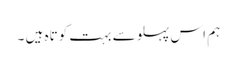
ہم اس پہلو سے بہت کوتاہ ہیں ۔